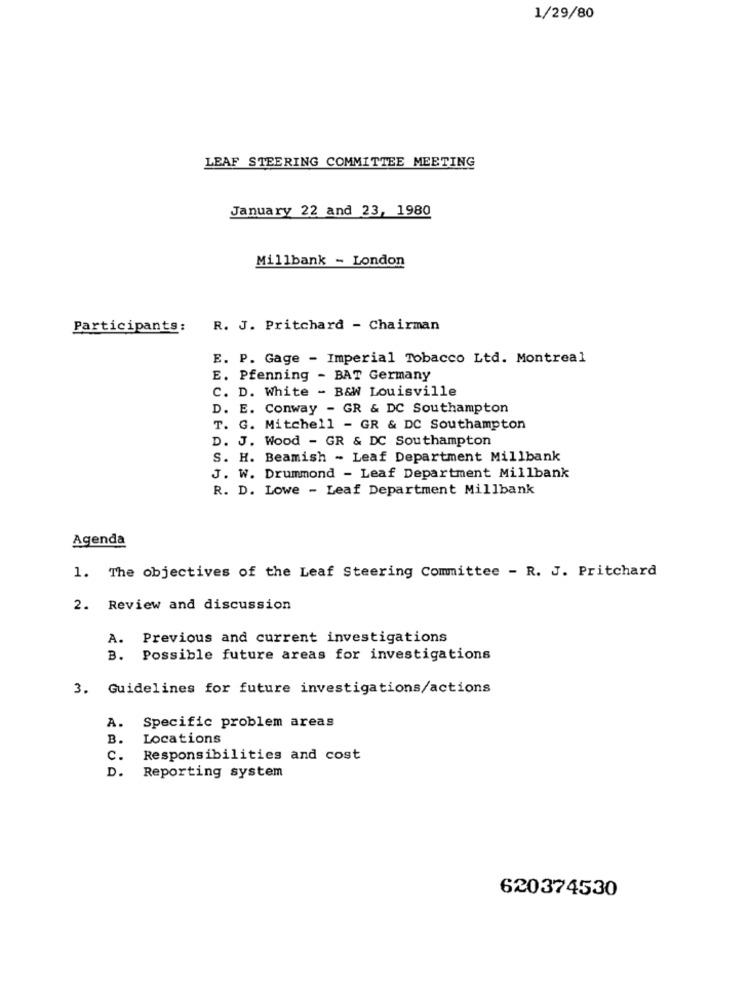
1/29/80
LEAF STEERING COMMITTEE MEETING
January 22 and 23, 1980
Millbank - London
Participants:
R. J. Pritchard - Chairman
E. P. Gage - Imperial Tobacco Ltd. Montreal
E. Pfenning - BAT Germany
C. D. White - B&W Louisville
D. E. Conway - GR & DC Southampton
T. G. Mitchell - GR & DC Southampton
D. J. Wood - GR & DC Southampton
S. H. Beamish - Leaf Department Millbank
J. W. Drummond - Leaf Department Millbank
R. D. Lowe - Leaf Department Millbank
Agenda
1. The objectives of the Leaf Steering Committee - R. J. Pritchard
2. Review and discussion
A. Previous and current investigations
B. Possible future areas for investigations
3. Guidelines for future investigations/actions
Specific problem areas
A.
B.
Locations
c.
Responsibilities and cost
D.
Reporting system
620374530